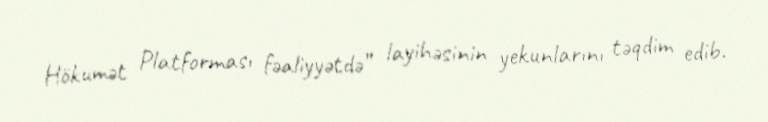
Hökumət Platforması fəaliyyətdə” layihəsinin yekunlarını təqdim edib.